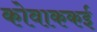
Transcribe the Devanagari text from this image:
कोवाककई